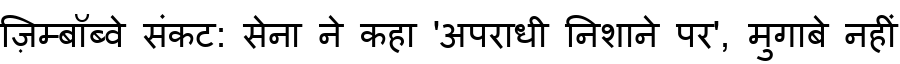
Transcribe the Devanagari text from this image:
ज़िम्बॉब्वे संकट: सेना ने कहा 'अपराधी निशाने पर', मुगाबे नहीं